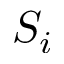
S _ { i }